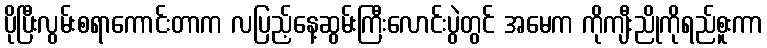
ပိုပြီးလွမ်းစရာကောင်းတာက လပြည့်နေ့ဆွမ်းကြီးလောင်းပွဲတွင် အမေက ကိုကျီးညိုကိုရည်စူးကာ